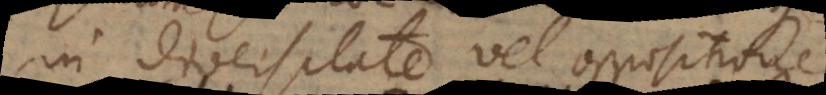
in diversitate vel oppositione.